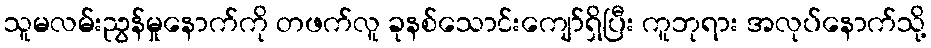
သူမလမ်းညွန်မှုနောက်ကို တဖက်လူ ခုနစ်သောင်းကျော်ရှိပြီး ကူဘုရား အလုပ်နောက်သို့